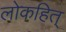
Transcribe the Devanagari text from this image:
लोकहित्